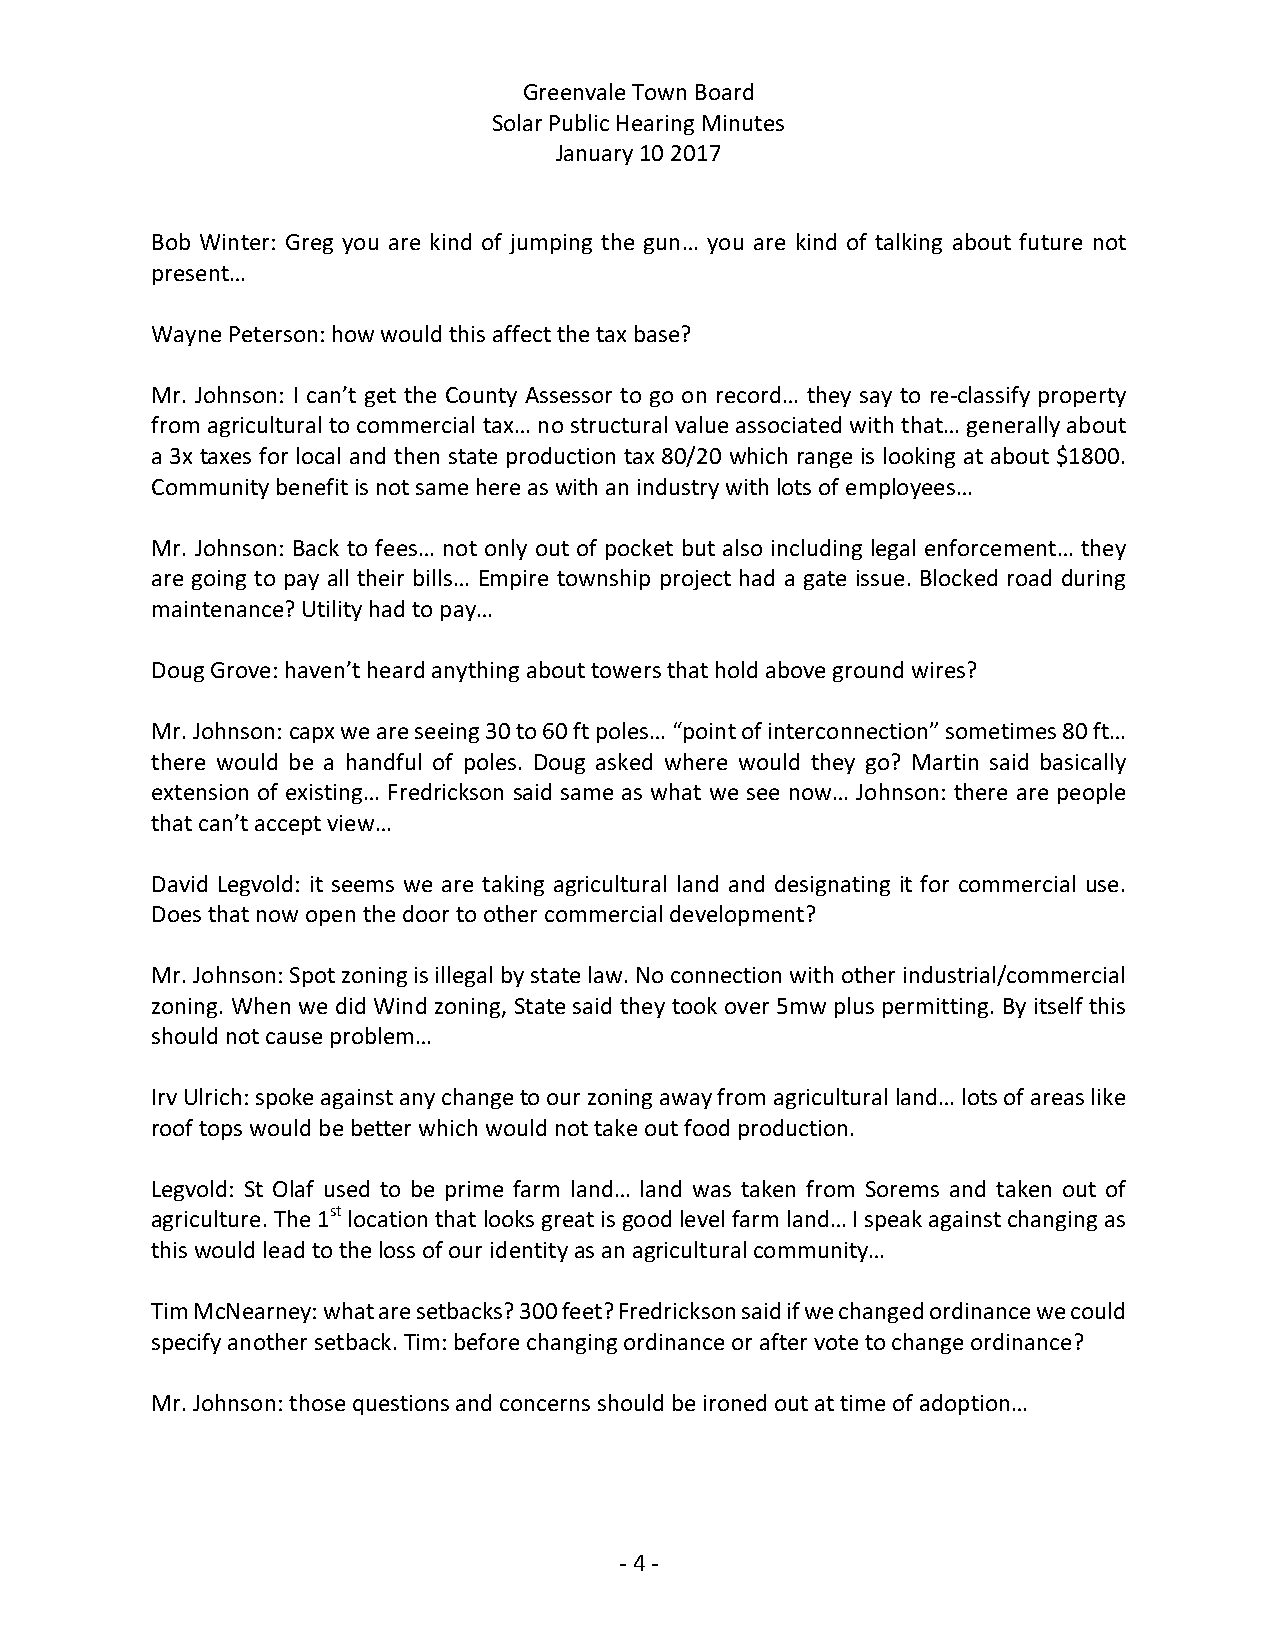
Greenvale Town Board
 Solar Public Hearing Minutes
 January 10 2017
 Bob Winter: Greg you are kind of jumping the gun… you are kind of talking about future not
 present…
 Wayne Peterson: how would this affect the tax base?
 Mr. Johnson: I can’t get the County Assessor to go on record… they say to re-classify property
 from agricultural to commercial tax… no structural value associated with that… generally about
 a 3x taxes for local and then state production tax 80/20 which range is looking at about $1800.
 Community benefit is not same here as with an industry with lots of employees…
 Mr. Johnson: Back to fees… not only out of pocket but also including legal enforcement… they
 are going to pay all their bills… Empire township project had a gate issue. Blocked road during
 maintenance? Utility had to pay…
 Doug Grove: haven’t heard anything about towers that hold above ground wires?
 Mr. Johnson: capx we are seeing 30 to 60 ft poles… “point of interconnection” sometimes 80 ft…
 there would be a handful of poles. Doug asked where would they go? Martin said basically
 extension of existing… Fredrickson said same as what we see now… Johnson: there are people
 that can’t accept view…
 David Legvold: it seems we are taking agricultural land and designating it for commercial use.
 Does that now open the door to other commercial development?
 Mr. Johnson: Spot zoning is illegal by state law. No connection with other industrial/commercial
 zoning. When we did Wind zoning, State said they took over 5mw plus permitting. By itself this
 should not cause problem…
 Irv Ulrich: spoke against any change to our zoning away from agricultural land… lots of areas like
 roof tops would be better which would not take out food production.
 Legvold: St Olaf used to be prime farm land… land was taken from Sorems and taken out of
 agriculture. The 1st location that looks great is good level farm land… I speak against changing as
 this would lead to the loss of our identity as an agricultural community…
 Tim McNearney: what are setbacks? 300 feet? Fredrickson said if we changed ordinance we could
 specify another setback. Tim: before changing ordinance or after vote to change ordinance?
 Mr. Johnson: those questions and concerns should be ironed out at time of adoption…
 - 4 -